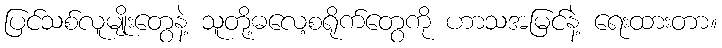
ပြင်သစ်လူမျိုးတွေနဲ့ သူတို့ဓလေ့စရိုက်တွေကို ဟာသအမြင်နဲ့ ရေးထားတာ။